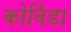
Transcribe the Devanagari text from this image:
कोर्विडा